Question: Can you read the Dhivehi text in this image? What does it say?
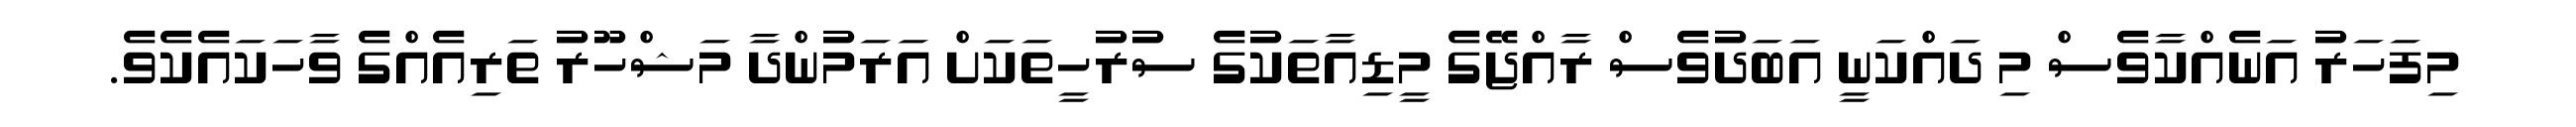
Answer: މިފަހަރު އަނެއްކާވެސް މި ދައްކަނީ އަބަދުވެސް ރާއްޖޭގެ މީޑިއާތަކުގެ ސުރުހީތަކަށް އަރަމުންދާ މަޝްހޫރު ތަރިއެއްގެ ވާހަކައެކެވެ.